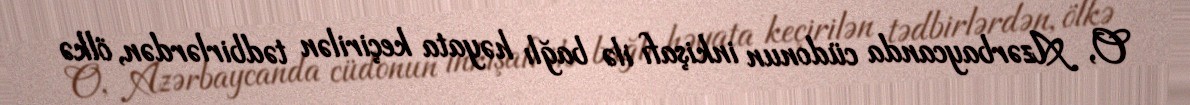
O, Azərbaycanda cüdonun inkişafı ilə bağlı həyata keçirilən tədbirlərdən, ölkə